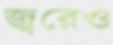
জ্বরেও